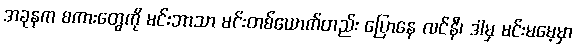
အခုနက စကားတွေကို မင်းဘာသာ မင်းတစ်ယောက်တည်း ပြောနေ လင်နီ၊ ဒါမှ မင်းမမေ့မှာ